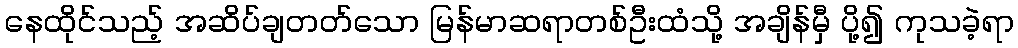
နေထိုင်သည့် အဆိပ်ချတတ်သော မြန်မာဆရာတစ်ဦးထံသို့ အချိန်မှီ ပို့၍ ကုသခဲ့ရာ